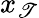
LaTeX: x_{\mathscr{T}}